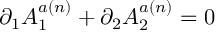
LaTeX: \partial _ { 1 } A _ { 1 } ^ { a ( n ) } + \partial _ { 2 } A _ { 2 } ^ { a ( n ) } = 0